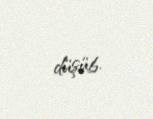
düşüb.